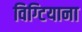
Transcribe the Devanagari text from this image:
विग्टियाना